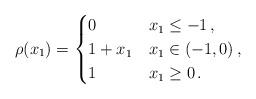
LaTeX: \begin{align*}\rho(x_1)=\begin{cases} 0 & x_1\leq -1\,,\\1+x_1& x_1\in (-1,0)\,,\\ 1 & x_1\geq 0\,. \end{cases}\end{align*}